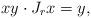
LaTeX: \begin{align*} xy\cdot J_rx=y,\end{align*}